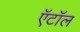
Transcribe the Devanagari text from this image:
ऍटॉल